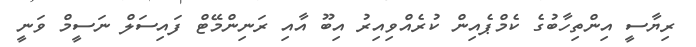
ރިޔާސީ އިންތިހާބުގެ ކެމްޕެއިން ކުރެއްވިއިރު އިބޫ އާއި ރަނިންމޭޓް ފައިސަލް ނަސީމް ވަނީ